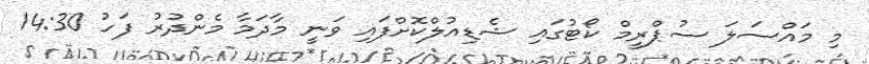
މި މައްސަލަ ސުޕްރީމް ކޯޓުގައި ޝެޑިއުލްކޮށްފައި ވަނީ މާދަމާ މެންދުރު ފަހު 14:30